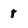
Character: 8